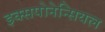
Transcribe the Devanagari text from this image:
इक्सपोनेन्सियल